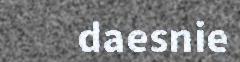
daesnie